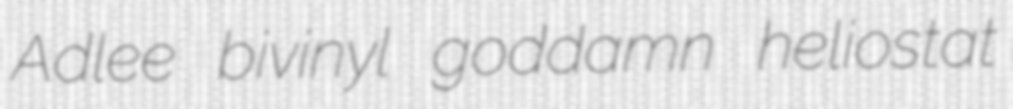
Adlee bivinyl goddamn heliostat